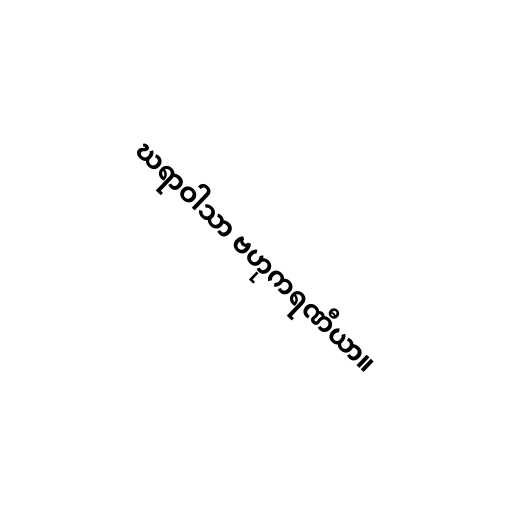
ဃရာဝါသာ ဗဟုကရဏီယာ။